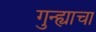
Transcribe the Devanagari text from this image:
गुन्ह्याचा